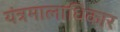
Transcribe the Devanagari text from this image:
यंत्रमालाधिकार